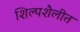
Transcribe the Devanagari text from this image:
शिल्पशैलीत